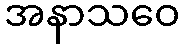
အနာသဝေ